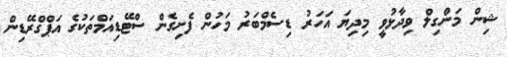
ޝިން މަންގިލް ވިދާޅުވީ މިދިޔަ އަހަރު ޑިސެމްބަރު މަހުން ފެށިގެން ސްޓޭޑިއަމްތަކުގެ އަޕްގްރޭޑިން